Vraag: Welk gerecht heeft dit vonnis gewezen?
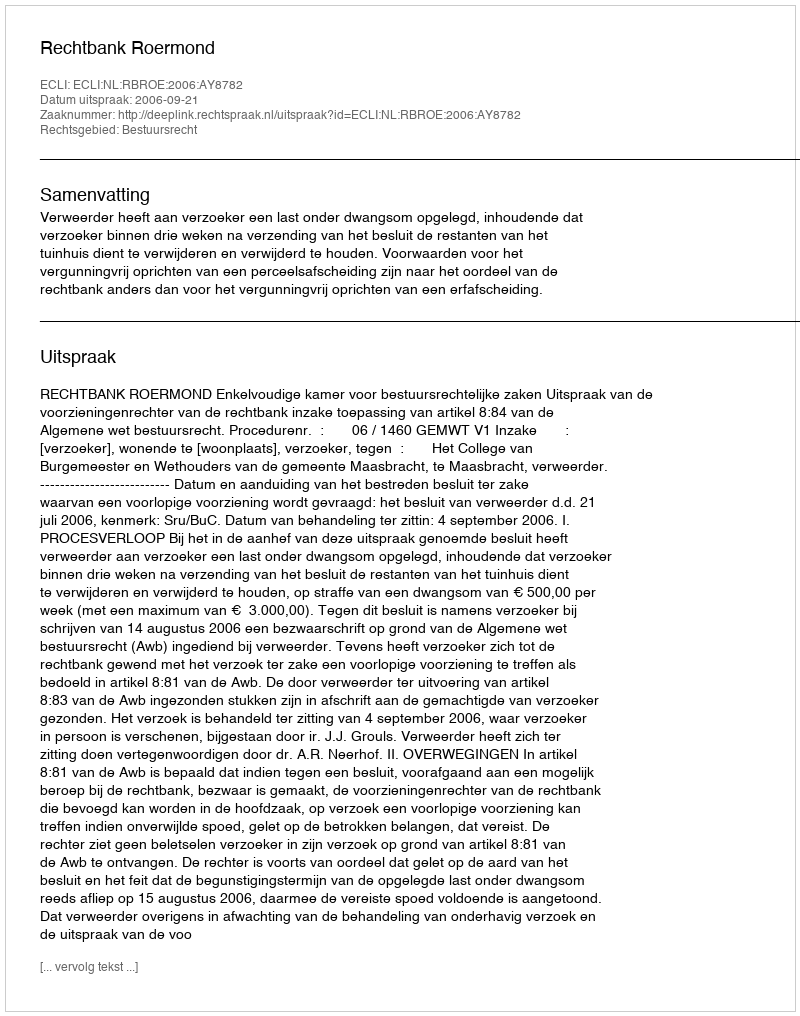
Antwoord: Rechtbank Roermond